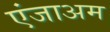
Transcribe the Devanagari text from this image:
एंजाअम